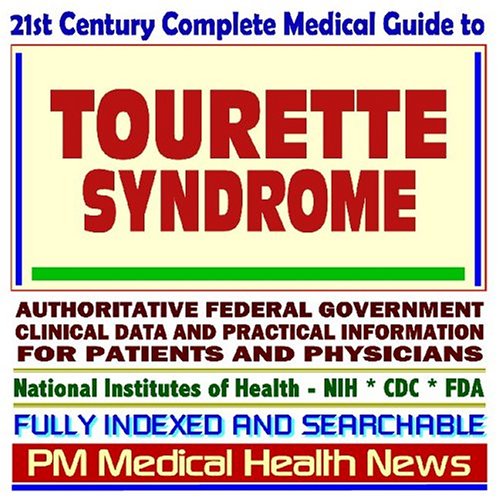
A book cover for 21st Century Complete Medical Guide to Tourette Syndrome: Authoritative Government Documents, Clinical References, and Practical Information for Patients and Physicians; PM Medical Health News; Health, Fitness & Dieting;